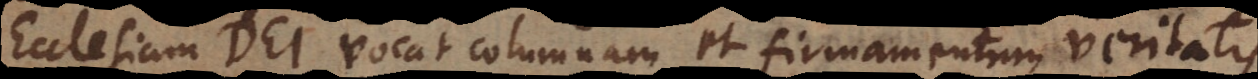
Ecclesiam Dei vocat columnam et firmamentum veritatis.